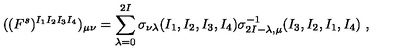
( ( F ^ { s } ) ^ { I _ { 1 } I _ { 2 } I _ { 3 } I _ { 4 } } ) _ { \mu \nu } = \sum _ { \lambda = 0 } ^ { 2 I } \sigma _ { \nu \lambda } ( I _ { 1 } , I _ { 2 } , I _ { 3 } , I _ { 4 } ) \sigma _ { 2 I - \lambda , \mu } ^ { - 1 } ( I _ { 3 } , I _ { 2 } , I _ { 1 } , I _ { 4 } ) \ ,